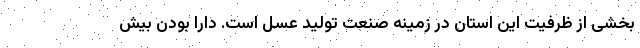
بخشی از ظرفیت این استان در زمینه صنعت تولید عسل است. دارا بودن بیش